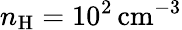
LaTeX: n_{\mathrm{H}}=10^{2}\, \mathrm{cm}^{-3}